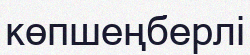
көпшеңберлі